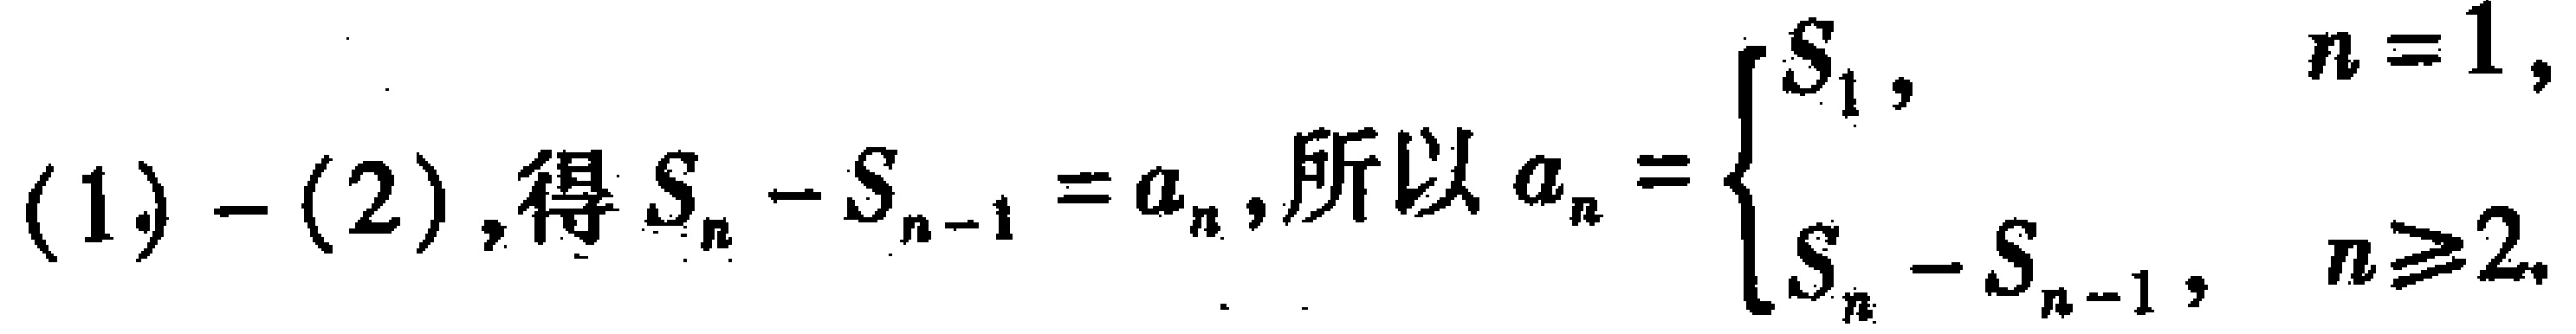
\((1)-(2)\)，得\(S_{n}-S_{n - 1}=a_{n}\)，所以\(a_{n}=\begin{cases}S_{1},&n = 1,\\S_{n}-S_{n - 1},&n\geq2.\end{cases}\)